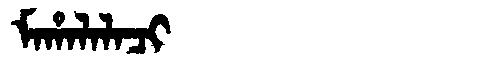
Manchu: ᠮᠠᡥᠠᠯᠠᠯᠠᠴᡳ
Romanization: MAHALALACI